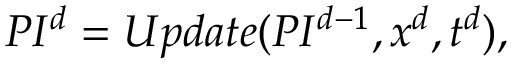
P I _ { } ^ { d } = U p d a t e ( P I _ { } ^ { d - 1 } , x _ { } ^ { d } , t _ { } ^ { d } ) ,